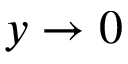
y \to 0